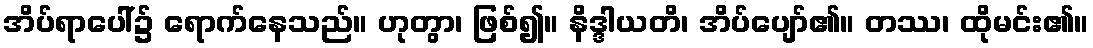
အိပ်ရာပေါ်၌ ရောက်နေသည်။ ဟုတွာ၊ ဖြစ်၍။ နိဒ္ဒါယတိ၊ အိပ်ပျော်၏။ တဿ၊ ထိုမင်း၏။